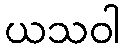
ယသဝါ